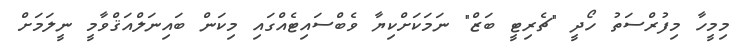
މިމީހާ މިފުރްސަތު ހޯދީ "ޗެރިޓީ ބަޒް" ނަމަކަށްކިޔާ ވެބްސައިޓެއްގައި މިކަން ބައިނަލްއަޤްވާމީ ނީލަމަށް